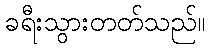
ခရီးသွားတတ်သည်။